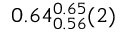
0 . 6 4 _ { 0 . 5 6 } ^ { 0 . 6 5 } ( 2 )